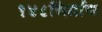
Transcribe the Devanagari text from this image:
१४८निर्माण